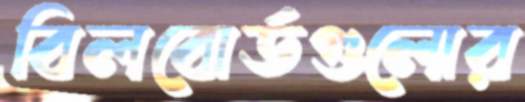
বিলবোর্ডগুলোর